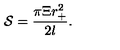
\mathcal { S } = \frac { \pi \Xi r _ { + } ^ { 2 } } { 2 l } .